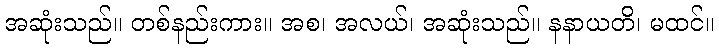
အဆုံးသည်။ တစ်နည်းကား။ အစ၊ အလယ်၊ အဆုံးသည်။ နနာယတိ၊ မထင်။